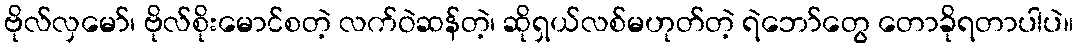
ဗိုလ်လှမော်၊ ဗိုလ်စိုးမောင်စတဲ့ လက်ဝဲဆန်တဲ့၊ ဆိုရှယ်လစ်မဟုတ်တဲ့ ရဲဘော်တွေ တောခိုရတာပါပဲ။